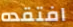
افتقده